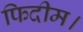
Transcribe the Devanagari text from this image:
फिदीम।